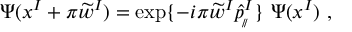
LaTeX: \Psi ( x ^ { I } + \pi \widetilde { w } ^ { I } ) = \exp \{ - i \pi \widetilde { w } ^ { I } \widehat { p } _ { _ { \! / \! / } } ^ { I } \} \ \Psi ( x ^ { I } ) \ ,